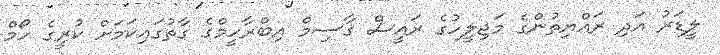
ލީޑަރު އަދި ރައްޔިތުންގެ މަޖިލީހުގެ ރައީސް ޤާސިމް އިބްރާހީމްގެ ގާތުގައިކަމަށް ކުރީގެ ހޯމް